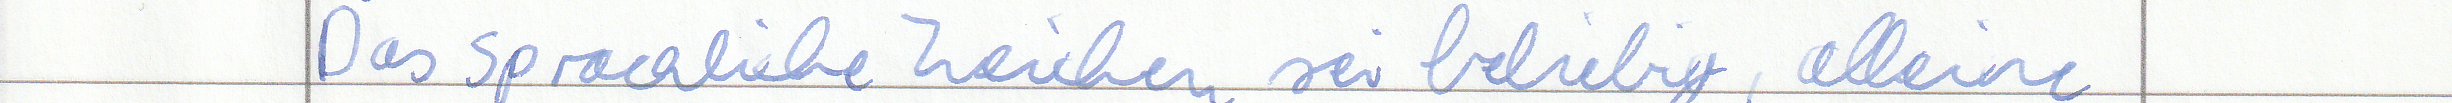
Das sprachliche Zeichen sei beliebig, alleine